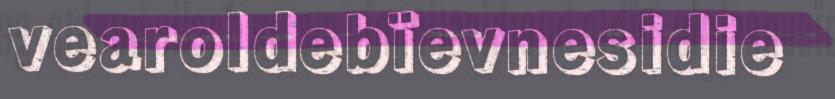
vearoldebïevnesidie